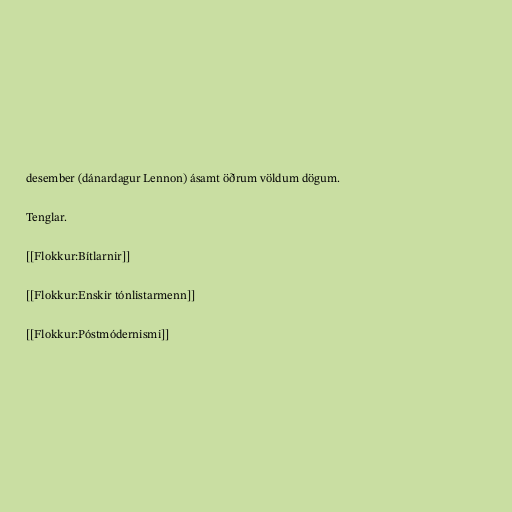
desember (dánardagur Lennon) ásamt öðrum völdum dögum.

Tenglar.

[[Flokkur:Bítlarnir]]

[[Flokkur:Enskir tónlistarmenn]]

[[Flokkur:Póstmódernismi]]